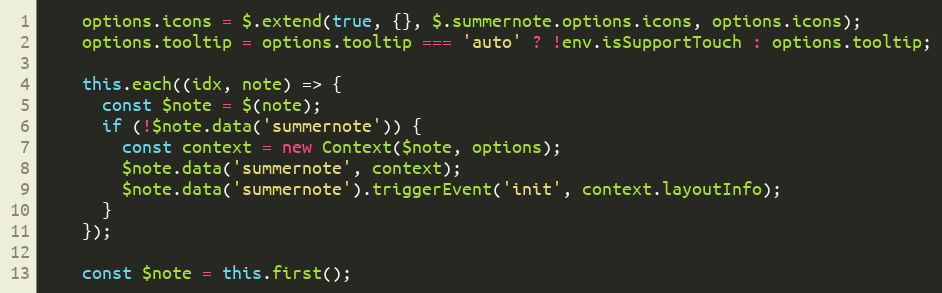
Language: JavaScript
    options.icons = $.extend(true, {}, $.summernote.options.icons, options.icons);
    options.tooltip = options.tooltip === 'auto' ? !env.isSupportTouch : options.tooltip;

    this.each((idx, note) => {
      const $note = $(note);
      if (!$note.data('summernote')) {
        const context = new Context($note, options);
        $note.data('summernote', context);
        $note.data('summernote').triggerEvent('init', context.layoutInfo);
      }
    });

    const $note = this.first();